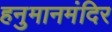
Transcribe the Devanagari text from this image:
हनुमानमंदिर